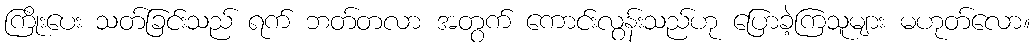
ကြိုးပေး သတ်ခြင်းသည် ရက် ဘတ်တလာ အတွက် ကောင်းလွန်းသည်ဟု ပြောခဲ့ကြသူများ မဟုတ်လော။